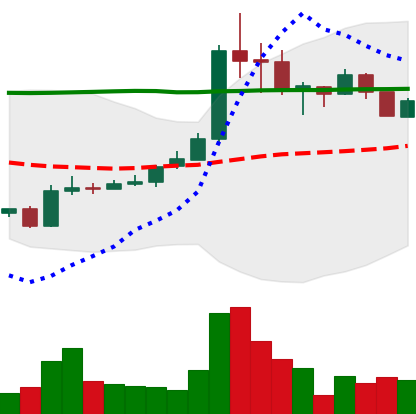
Ticker: BTC-USD
Chart end date: 2015-06-25
Forward return: 8.35%
Label: up_7plus